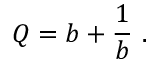
Q = b + { \frac { 1 } { b } } \ .